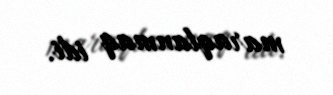
maraqlanmaq idi.